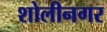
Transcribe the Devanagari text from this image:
शोलीनगर